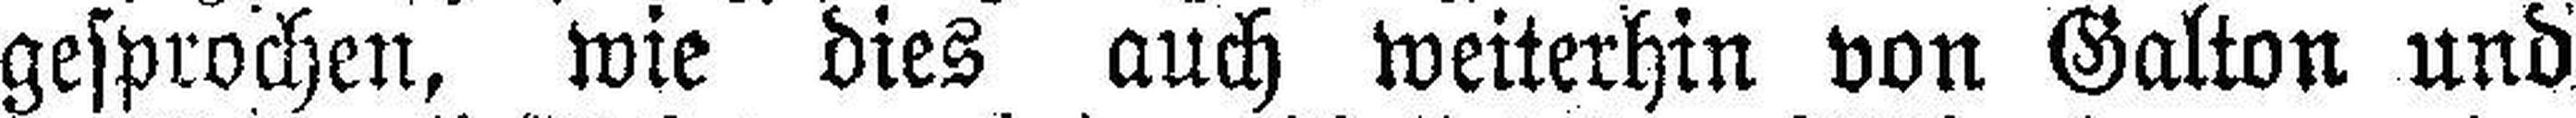
gesprochen, wie dies auch weiterhin von Galton und